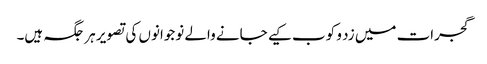
گجرات میں زد و کوب کیے جانے والے نوجوانوں کی تصویر ہر جگہ ہیں۔